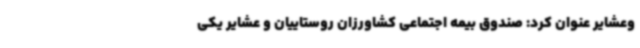
وعشایر عنوان کرد: صندوق بیمه اجتماعی کشاورزان روستاییان و عشایر یکی